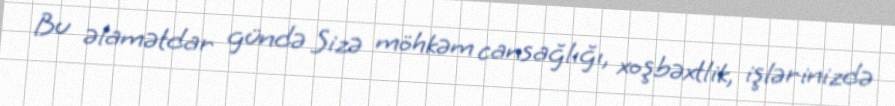
Bu əlamətdar gündə Sizə möhkəm cansağlığı, xoşbəxtlik, işlərinizdə